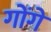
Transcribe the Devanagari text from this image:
गोंगे